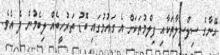
އޭނާގެ ސިލްސިލާތަކާއި ފިލްމުތަކަށް އެ ގައުމުގައި ބޮޑު ތަރުހީބެއް ލިބެމުން ދެ އެވެ.